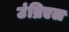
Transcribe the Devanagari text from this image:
उंब्रिएल